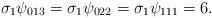
LaTeX: \begin{align*}\sigma_1 \psi_{013} = \sigma_1 \psi_{022} = \sigma_1 \psi_{111} = 6.\end{align*}